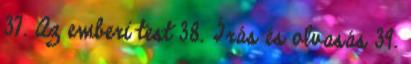
37. Az emberi test 38. Írás és olvasás 39.